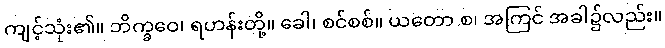
ကျင့်သုံး၏။ ဘိက္ခဝေ၊ ရဟန်းတို့။ ခေါ၊ စင်စစ်။ ယတော စ၊ အကြင် အခါ၌လည်း။